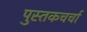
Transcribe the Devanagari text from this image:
पुस्तकचर्चा